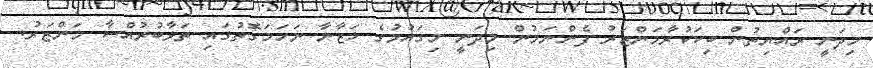
މިދަނީ ރައްޔިތުން ބިކަކުރާމަންޒަރު ފެންނަމުން މިދަނީ މިގައުމުގެ ޚަޒާނާ ނަހަމަގޮތުގައި ތަޅާބުރުއްސާ މަންޒަރު.